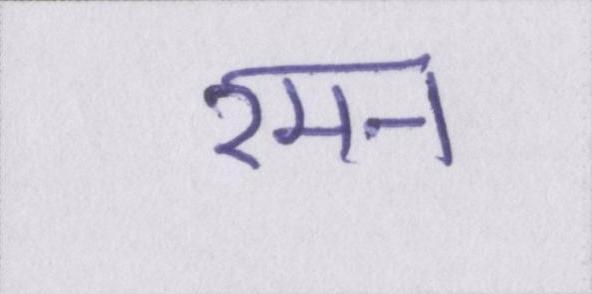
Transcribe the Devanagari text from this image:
रमन